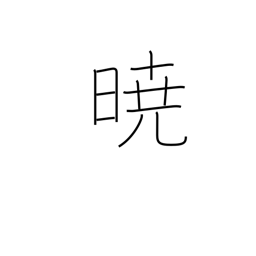
Meaning: in the event